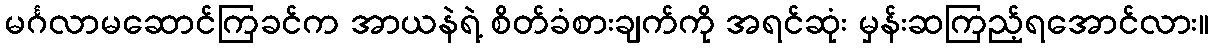
မင်္ဂလာမဆောင်ကြခင်က အာယနဲရဲ့ စိတ်ခံစားချက်ကို အရင်ဆုံး မှန်းဆကြည့်ရအောင်လား။